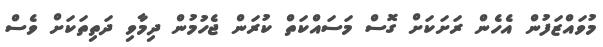
މުވައްޒަފުން އެހެން ރަށަކަށް ގޮސް މަސައްކަތް ކުރަން ޖެހުމުން ދިމާވި ދަތިތަކަށް ވެސް